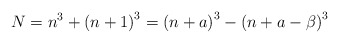
\begin{align*}N=n^{3}+\left(n+1\right)^{3}=\left(n+a\right)^{3}-\left(n+a-\beta\right)^{3}\end{align*}